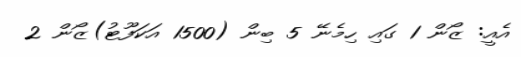
އެއީ: ޒޯން 1 ގައި ހިމެނޭ 5 ބިން (1500 އަކަފޫޓު)ޒޯން 2